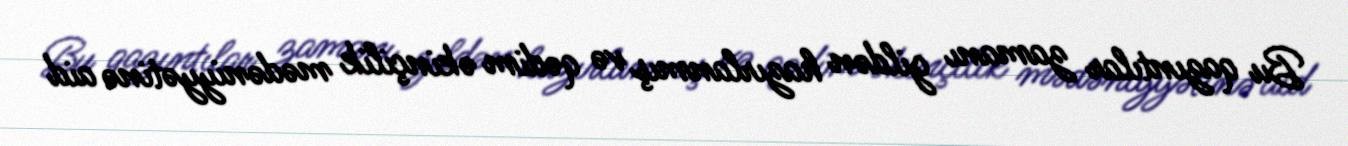
Bu qazıntılar zamanı gildən hazırlanmış və qədim əkinçilik mədəniyyətinə aid